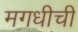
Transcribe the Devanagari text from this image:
मगधीची